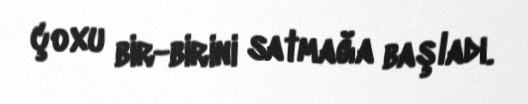
çoxu bir-birini satmağa başladı.